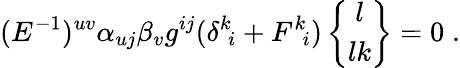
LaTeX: (E^{-1})^{uv}\alpha_{uj}\beta_{v}g^{ij}(\delta^{k}\! _{i}+F^{k}\! _{i})\left\{ \begin{array}{c}{{l}}\\ {{lk}}\end{array}\right\} =0\; .